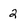
Character: 2